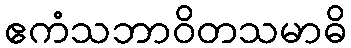
ဧကံသဘာဝိတသမာဓိ